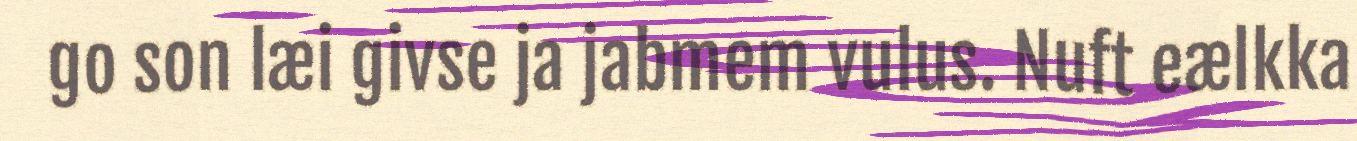
go son læi givse ja jabmem vulus. Nuft eælkka